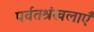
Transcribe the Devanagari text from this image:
पर्वतश्रंखलाएँ